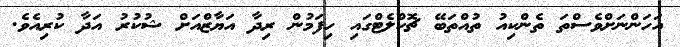
އަހަންނަށްވެސްތަ ތެންކިއު ތުއްތަބޭ ޗޮކްލެޓްގައި ހިފަމުން ރިދާ އަޔާޒްއަށް ޝުކުރު އަދާ ކުރިއެވެ.